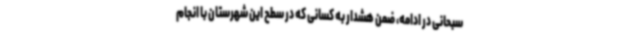
سبحانی در ادامه، ضمن هشدار به کسانی که در سطح این شهرستان با انجام